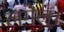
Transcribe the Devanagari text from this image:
लगेल्।